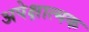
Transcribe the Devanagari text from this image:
अपेक्षात्मक